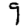
Digit: 9